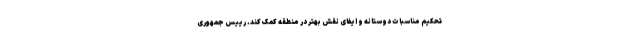
تحکیم مناسبات دوستانه و ایفای نقش بهتر در منطقه کمک کند. رییس جمهوری